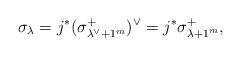
LaTeX: \begin{align*}\sigma_\lambda = j^*(\sigma^+_{\lambda^\vee+1^m})^\vee = j^*\sigma_{\lambda+1^m}^+,\end{align*}